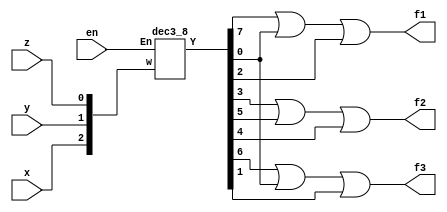
module q2(x,y,z,f1,f2,f3,en);
input x,y,z,en;
output f1,f2,f3;

wire [2:0]b;
wire [0:7]w;

assign b[0]=z;
assign b[1]=y;
assign b[2]=x;

dec3_8 s0(en,b[2:0],w[0:7]);
or(f1,w[0],w[7],w[5]);
or(f2,w[4],w[2],w[3]);
or(f3,w[1],w[7],w[6]);

endmodule

module dec3_8(En,w,Y);
input [2:0]w;
input En;
output [0:7]Y;
reg [0:7]Y;
always@(w or En)
	begin
		if(En==0)
			Y=8'b00000000;
		else if(En==1)
			begin
				if(w==0)
					Y=8'b10000000;
				else if(w==1)
					Y=8'b01000000;
				else if(w==2)
					Y=8'b00100000;
				else if(w==3)
					Y=8'b00010000;
				else if(w==4)
					Y=8'b00001000;
				else if(w==5)
					Y=8'b00000100;
				else if(w==6)
					Y=8'b00000010;
				else if(w==7)
					Y=8'b00000001;
			end
		end 
endmodule